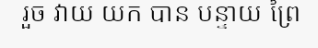
រួច វាយ យក បាន បន្ទាយ ព្រៃ